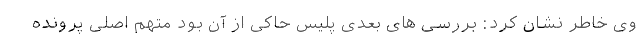
وی خاطر نشان کرد: بررسی های بعدی پلیس حاکی از آن بود متهم اصلی پرونده